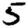
Digit: 5